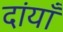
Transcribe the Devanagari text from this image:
दांयाँ